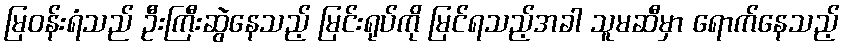
မြဝန်းရံသည် ဦးကြီးဆွဲနေသည့် မြင်းရုပ်ကို မြင်ရသည့်အခါ သူမဆီမှာ ရောက်နေသည့်